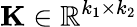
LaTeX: \mathbf{K}\in\mathbb{R}^{k_{1}\times k_{2}}